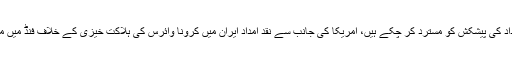
نائب وزیر خارجہ کا کہنا تھا کہ خامنہ ای متعدد بار امریکی طبی امداد کی پیشکش کو مسترد کر چکے ہیں، امریکا کی جانب سے نقد امداد ایران میں کرونا وائرس کی ہلاکت خیزی کے خلاف فنڈ میں مدد کرے گی، نقد امداد ایران میں لوگوں کی ضروریات کے لیے نہیں۔